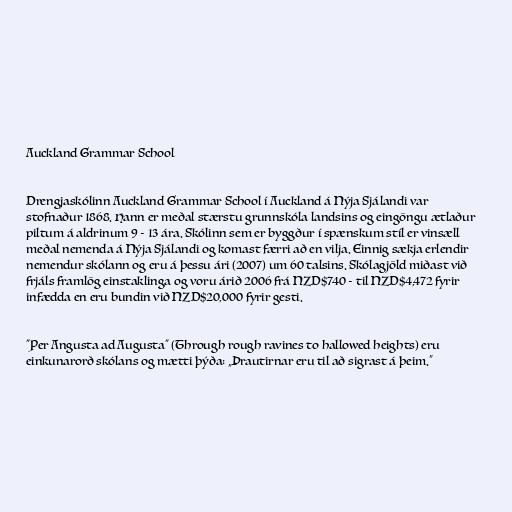
Auckland Grammar School

Drengjaskólinn Auckland Grammar School í Auckland á Nýja Sjálandi var
stofnaður 1868. Hann er meðal stærstu grunnskóla landsins og eingöngu ætlaður
piltum á aldrinum 9 - 13 ára. Skólinn sem er byggður í spænskum stíl er vinsæll
meðal nemenda á Nýja Sjálandi og komast færri að en vilja. Einnig sækja erlendir
nemendur skólann og eru á þessu ári (2007) um 60 talsins. Skólagjöld miðast við
frjáls framlög einstaklinga og voru árið 2006 frá NZD$740 - til NZD$4,472 fyrir
infædda en eru bundin við NZD$20,000 fyrir gesti.

"Per Angusta ad Augusta" (Through rough ravines to hallowed heights) eru
einkunarorð skólans og mætti þýða: „Þrautirnar eru til að sigrast á þeim.“